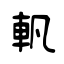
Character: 軓